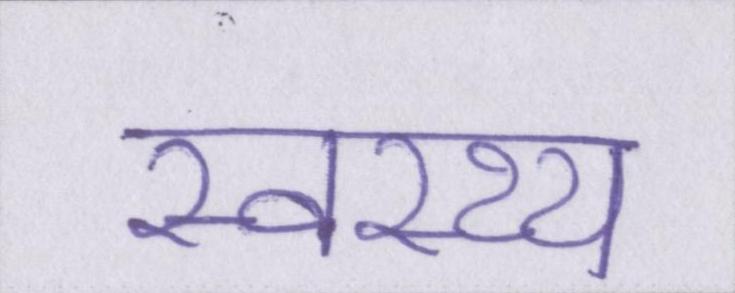
स्वस्थ्य